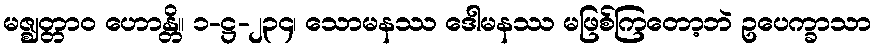
မဇ္ဈတ္တာဝ ဟောန္တိ။ ၁-ဋ္ဌ-၂၃၄၊ သောမနဿ ဒေါမနဿ မဖြစ်ကြတော့ဘဲ ဥပေက္ခာသာ